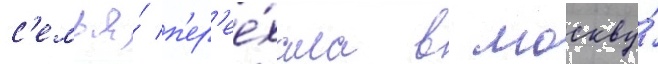
с'емья́ п'ер'ее́хала в москву́